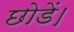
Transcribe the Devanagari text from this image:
छोडें।